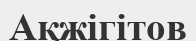
Ақжігітов